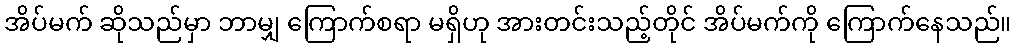
အိပ်မက် ဆိုသည်မှာ ဘာမျှ ကြောက်စရာ မရှိဟု အားတင်းသည့်တိုင် အိပ်မက်ကို ကြောက်နေသည်။